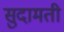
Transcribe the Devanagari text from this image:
सुदामती